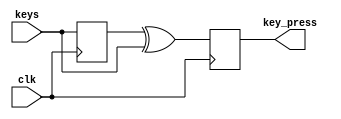
//
module key_input #(parameter W = 8) (
    input clk,
    input [W - 1:0] keys,
    output reg [W - 1: 0] key_press = 0
);

reg [W - 1: 0] prev = 0;

always @(posedge clk) begin
    key_press <= prev ^ keys;
    prev <= keys;
end

endmodule